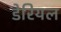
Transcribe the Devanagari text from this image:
डेरियल